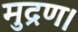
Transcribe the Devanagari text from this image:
मुद्रण।